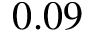
0 . 0 9